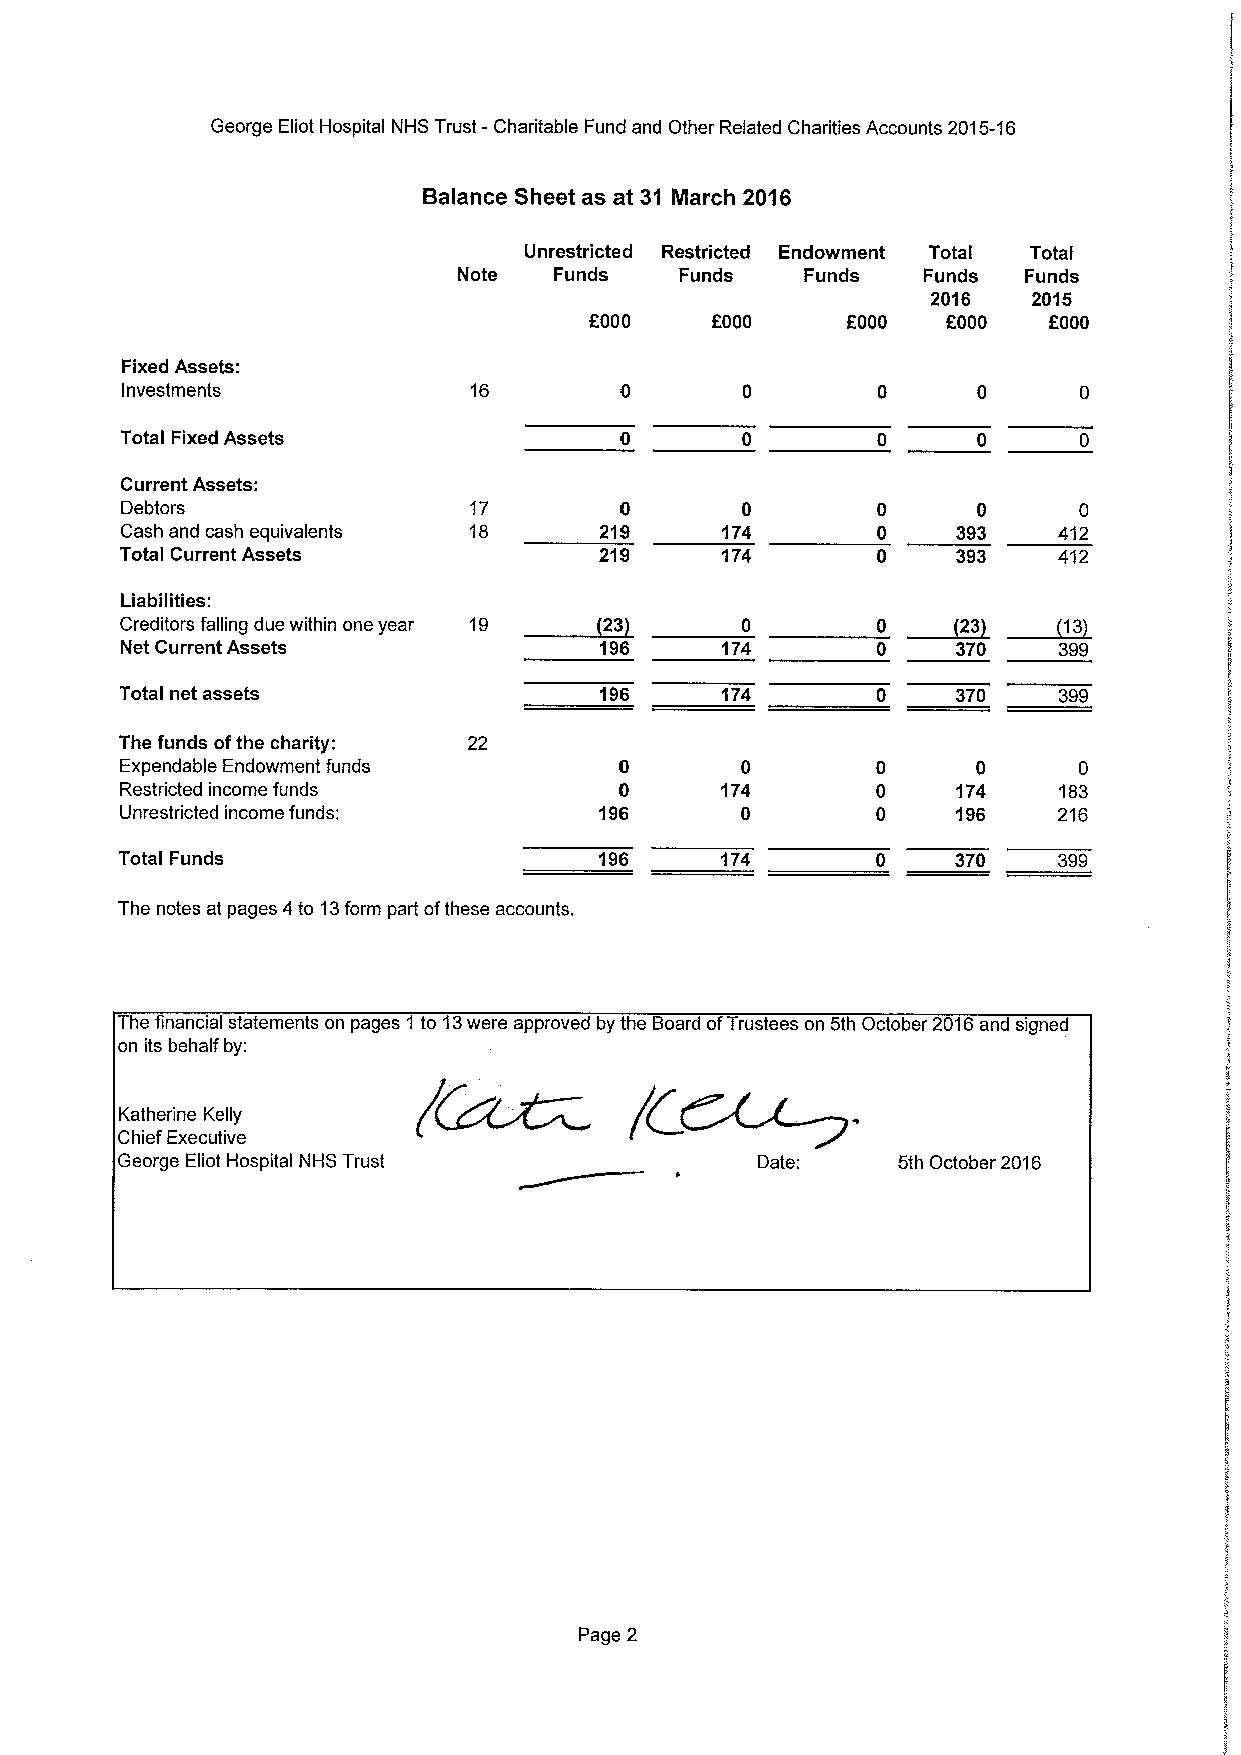
George Eliot Hospital NHS Trust -Charitable Fund and Other Related Charities Accounts 2015-16
 Balance Sheet as at 31 March 2016
 Unrestricted Restricted Endowment Total Total
 Note   Funds   Funds   Funds   Funds  Funds
 2016  2015
 f000    f000                  f000
 OOOO   OOOO
 Fixed Assets:
 Investments            16
 Total Fixed Assets
 Current Assets:
 Debtors                17        0       0               0     0
 Cash and cash equivalents 18    219     174            393    412
 Total Current Assets            219     174            393    412
 ~23
 Liabilities:                                        ~23    ~13
 Creditors falling doe within one year 10          0
 Net Current Assets              196     174       0    370    399
 Total net assets                196     174            370    399
 The funds ofthe charity: 22
 Expendable Endowment funds       0       0               0     0
 Restricted income funds          0      174            174    183
 Unrestricted income funds:      196      0             196    216
 Total Funds                     196     174            370    399
 The notes at pages 4to 13form part ofthese accounts.
 The financial statements on pages 1 to 13were approved by the Board ofTrustees on 5th October 2016and signed
 on its behalf by:
 Katherine Kelly
 Chief Executive
 George Eliot Hospital NHS Trust           Date:    5th October 2016
 Page 2